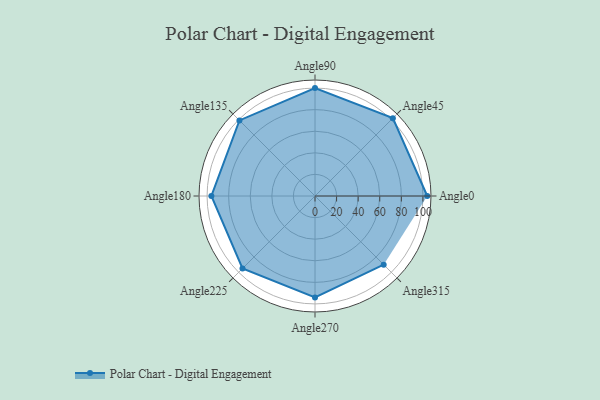
{"axis": {"x": "Angle", "y": "Radius"}, "legend": [""], "data": [{"x": "Angle0", "y": 104.0, "type": ""}, {"x": "Angle45", "y": 102.0, "type": ""}, {"x": "Angle90", "y": 100.0, "type": ""}, {"x": "Angle135", "y": 99.0, "type": ""}, {"x": "Angle180", "y": 96.0, "type": ""}, {"x": "Angle225", "y": 95.0, "type": ""}, {"x": "Angle270", "y": 94.0, "type": ""}, {"x": "Angle315", "y": 90.0, "type": ""}]}